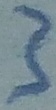
Text: 3